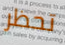
تحظر